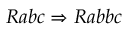
R a b c \Rightarrow R a b b c